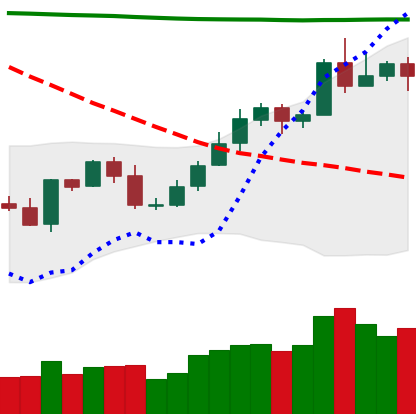
Ticker: NEO-USD
Chart end date: 2020-05-03
Forward return: 25.625%
Label: up_7plus